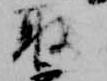
取